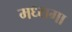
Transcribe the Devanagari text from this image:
मध्यगा